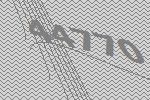
44770